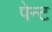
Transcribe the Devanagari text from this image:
पेन्‍ट